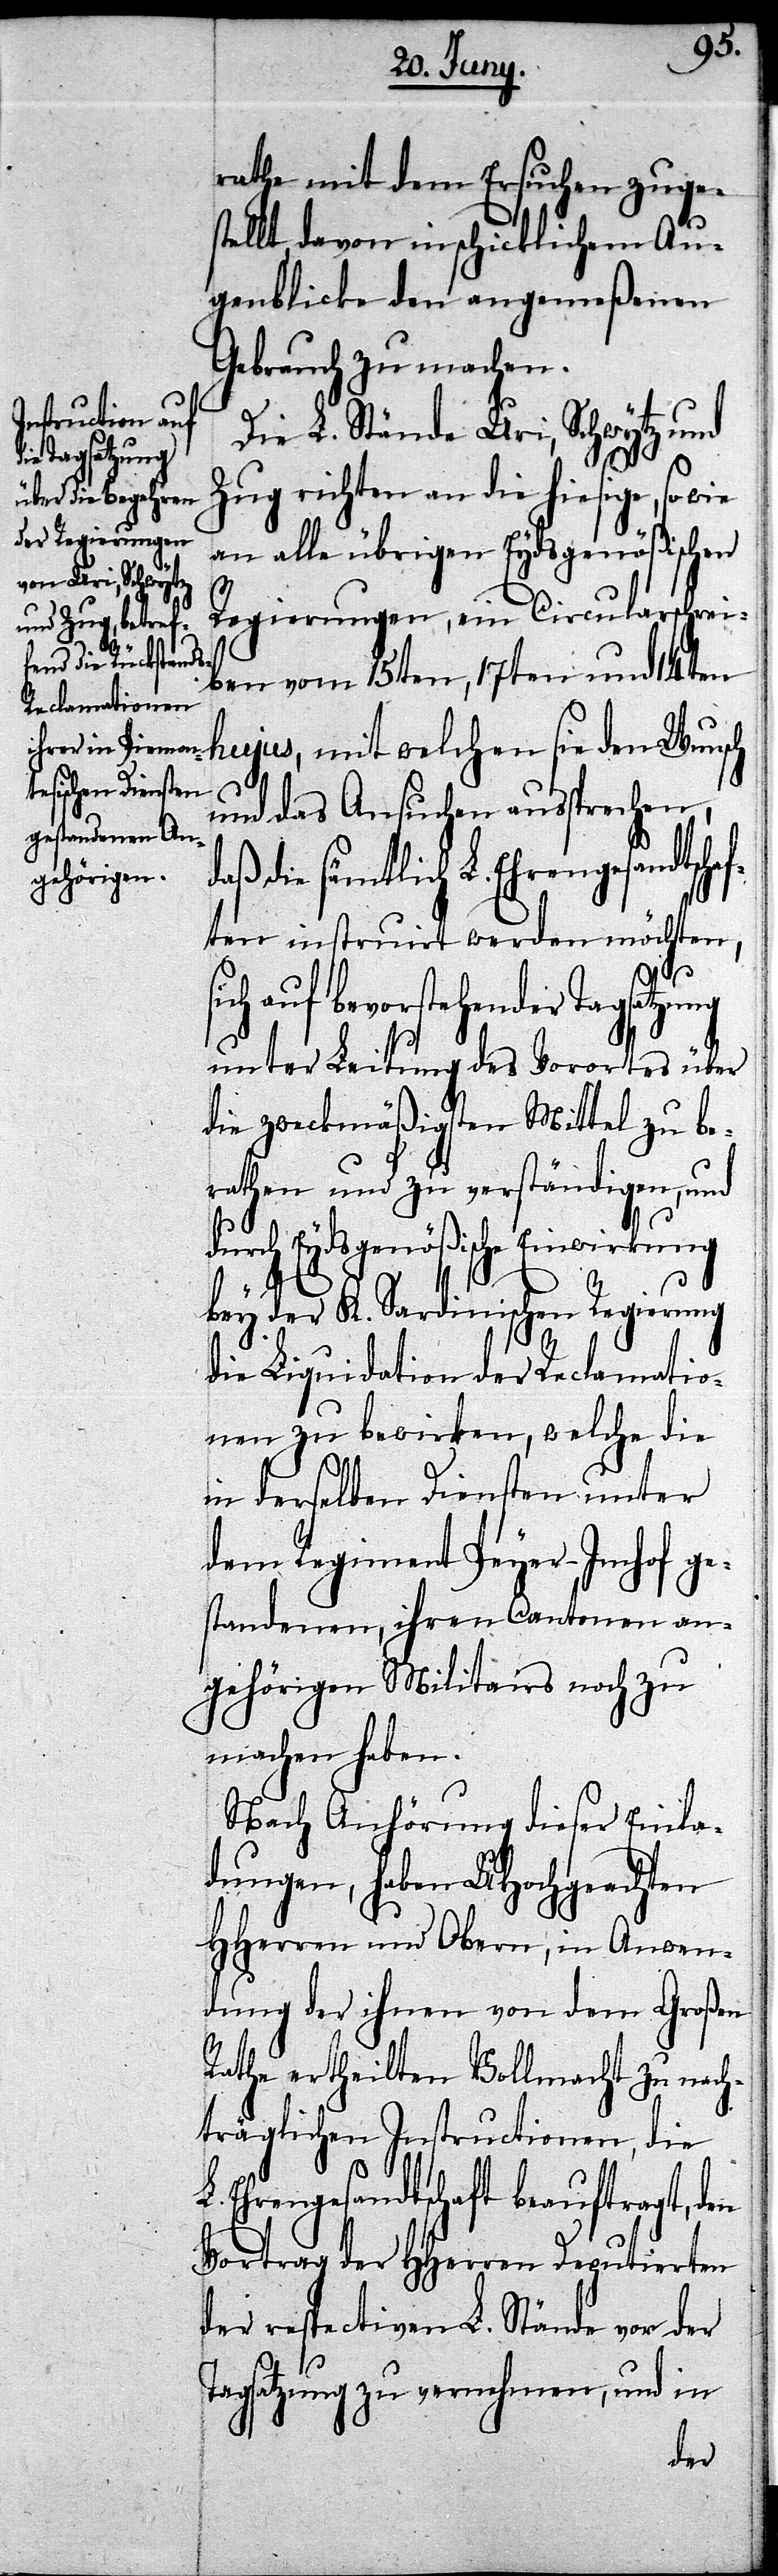
rathe mit dem Ersuchen zuge¬
stellt, davon in schicklichem Au¬
genblicke den angemeßenen
Gebrauch zu machen.
Die L. Stände Uri, Schwytz und
Zug richten an die hiesige, so
an alle übrigen Eydsgenößischen
Regierungen, ein Circularschrei¬
ben vom 15ten, 17ten und 14ten
hujus, mit welchen sie den Wunsch
und das Ansuchen aussprechen,
die sämmtlich L. Ehrengesandtsch¬
aften instruirt werden möchten,
s¬
ich auf bevorstehender Tagsatzung
unter Leitung des Vorortes über
die zweckmäßigsten Mittel zu be¬
rathen und zu verständigen, und
durch Eydsgenößische Einwirkung
bey der K. Sardinischen Regierung
die Liquidation der Reclamatio¬
nen zu bewirken, welche die
in derselben Diensten unter
dem Regiment Peyer-Imhof ge¬
standenen, ihren Cantonen an¬
gehörigen Militairs noch zu
machen haben.
Nach Anhörung dieser Einla¬
dungen, haben UHochgeachten
HHerren und Obern, in Anwen¬
dung der ihnen von dem Großen
Rathe ertheilten Vollmacht zu nach¬
träglichen Instructionen, die
Ehrengesandtschaft beauftragt,
Vortrag der HHerren Deputierten
der respectiven L. Stände vor der
Tagsatzung zu vernehmen, und in
den